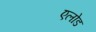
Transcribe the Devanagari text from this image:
एलोड